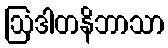
ဩဒါတနိဘာသာ